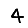
Digit: 4